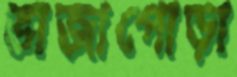
ভাজাপোড়া